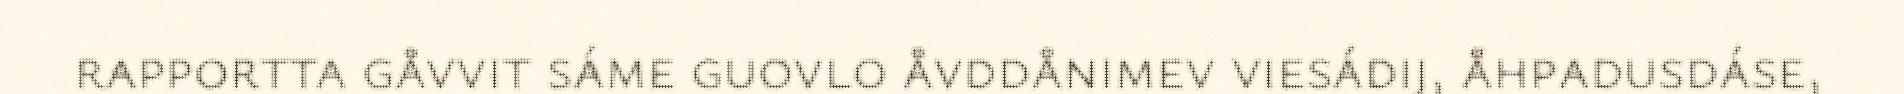
rapportta gåvvit sáme guovlo åvddånimev viesádij, åhpadusdáse,